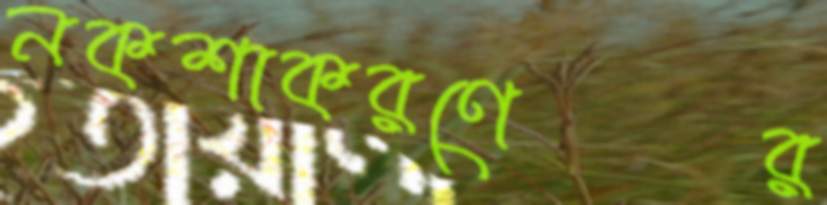
নকশাকরণের